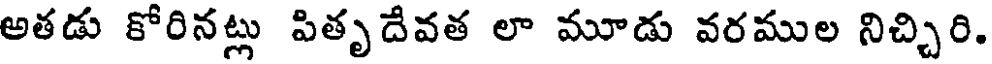
అతడు కోరినట్లు పితృదేవత లా మూడు వరముల నిచ్చిరి.